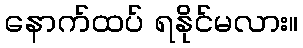
နောက်ထပ် ရနိုင်မလား။